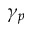
\gamma _ { p }